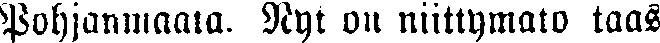
Pohjanmaata. Nyt on niittymato taas